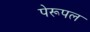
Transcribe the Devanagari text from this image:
पेरूपल